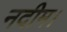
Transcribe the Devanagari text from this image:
नदीम।